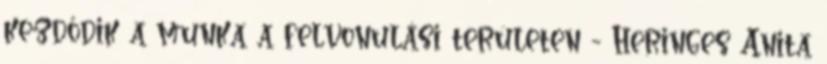
kezdődik a munka a felvonulási területen - Heringes Anita